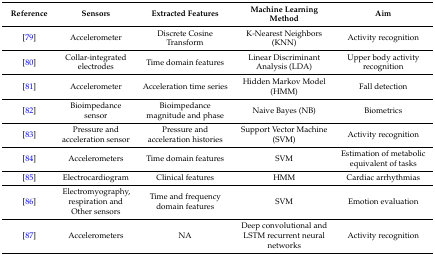
| Reference | Sensors | Extracted Features | Machine Learning Method | Aim |
 | --- | --- | --- | --- | --- |
 | [79] | Accelerometer | Discrete Cosine Transform | K-Nearest Neighbors (KNN) | Activity recognition |
 | [80] | Collar-integrated electrodes | Time domain features | Linear Discriminant Analysis (LDA) | Upper body activity recognition |
 | [81] | Accelerometer | Acceleration time series | Hidden Markov Model (HMM) | Fall detection |
 | [82] | Bioimpedance sensor | Bioimpedance magnitude and phase | Naive Bayes (NB) | Biometrics |
 | [83] | Pressure and acceleration sensor | Pressure and acceleration histories | Support Vector Machine (SVM) | Activity recognition |
 | [84] | Accelerometers | Time domain features | SVM | Estimation of metabolic equivalent of tasks |
 | [85] | Electrocardiogram | Clinical features | HMM | Cardiac arrhythmias |
 | [86] | Electromyography, respiration and Other sensors | Time and frequency domain features | SVM | Emotion evaluation |
 | [87] | Accelerometers | NA | Deep convolutional and LSTM recurrent neural networks | Activity recognition |